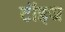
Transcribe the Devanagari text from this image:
टॉइज